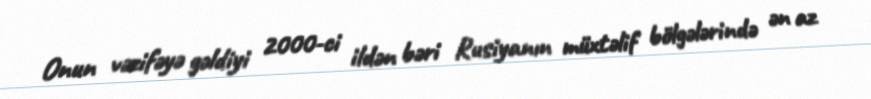
Onun vəzifəyə gəldiyi 2000-ci ildən bəri Rusiyanın müxtəlif bölgələrində ən az